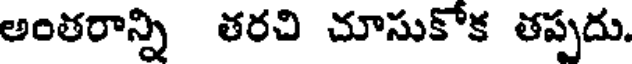
అంతరాన్ని తరచి చూసుకోక తప్పదు.